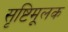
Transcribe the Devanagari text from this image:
सृष्टिमूलक